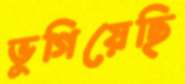
ভুগিয়েছি